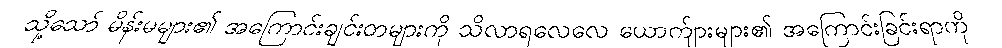
သို့သော် မိန်းမများ၏ အကြောင်းချင်းတများကို သိလာရလေလေ ယောက်ျားများ၏ အကြောင်းခြင်းရာကို